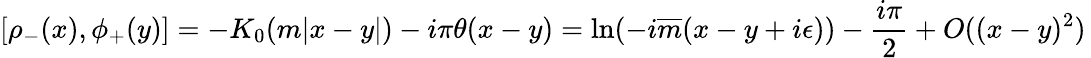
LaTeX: [\rho_{-}(x),\phi_{+}(y)]=-K_{0}(m|x-y|)-i\pi\theta(x-y)=\ln(-i\overline{{{m}}}(x-y+i\epsilon))-\frac{i\pi}{2}+O((x-y)^{2})\,